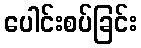
ပေါင်းစပ်ခြင်း